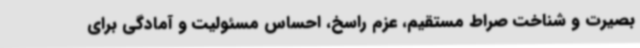
بصیرت و شناخت صراط مستقیم، عزم راسخ، احساس مسئولیت و آمادگی برای